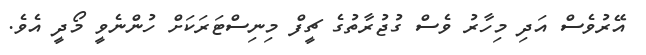
އޭރުވެސް އަދި މިހާރު ވެސް ގުޖުރާތުގެ ޗީފް މިނިސްޓަރަކަށް ހުންނެވީ މޯދީ އެވެ.